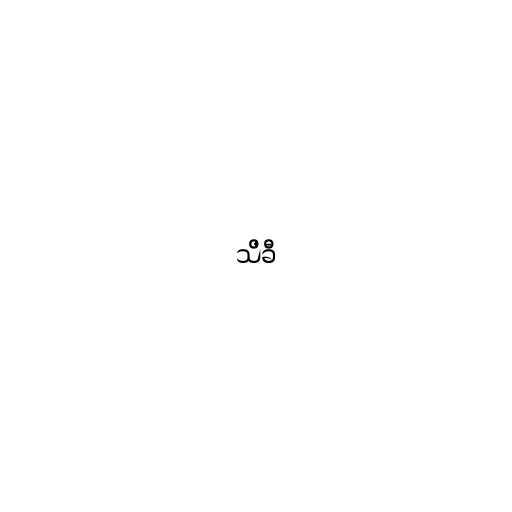
သိခီ